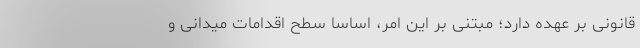
قانونی بر عهده دارد؛ مبتنی بر این امر، اساسا سطح اقدامات میدانی و